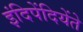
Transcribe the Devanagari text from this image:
इंदिपेंदियेंते